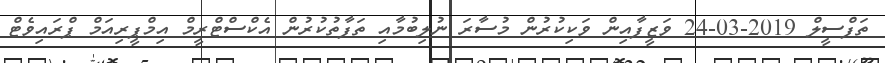
ތަފްސީލް 2019-03-24 ވަޒީފާއިން ވަކިކުރުން މުސާރަ ނުލިބުމާއި ތަފާތުކުރުން އެކްސްޓްރީމް އިމްޕީރިއަމް ޕްރައިވެޓް